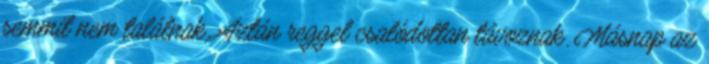
semmit nem találnak. Aztán reggel csalódottan távoznak. Másnap az